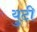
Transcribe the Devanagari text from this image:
युटी